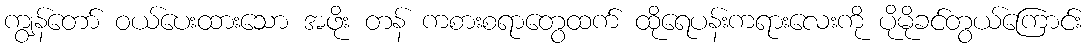
ကျွန်တော် ဝယ်ပေးထားသော အဖိုး တန် ကစားစရာတွေထက် ထိုရေပန်းကရားလေးကို ပိုမိုခင်တွယ်ကြောင်း